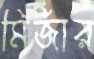
মির্জার